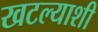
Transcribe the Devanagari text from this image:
खटल्याशी